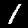
Digit: 1